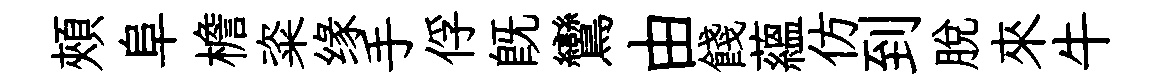
頰阜檐粢缘手俘既鸞由餞藴仿到脫來牛